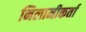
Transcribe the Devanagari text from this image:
निलामीकर्ता